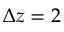
{ \mit \Delta } z = 2